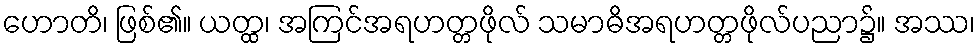
ဟောတိ၊ ဖြစ်၏။ ယတ္ထ၊ အကြင်အရဟတ္တဖိုလ် သမာဓိအရဟတ္တဖိုလ်ပညာ၌။ အဿ၊